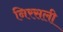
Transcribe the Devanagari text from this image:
निरसली